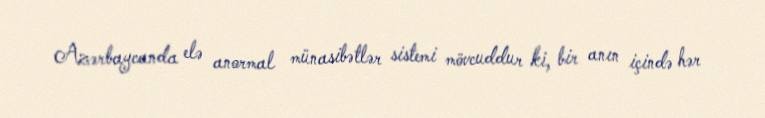
Azərbaycanda elə anormal münasibətlər sistemi mövcuddur ki, bir anın içində hər